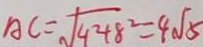
A C = \sqrt { 4 ^ { 2 } + 8 ^ { 2 } } = 4 \sqrt { 5 }